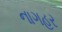
નાગહર